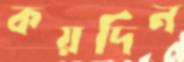
কয়দিন